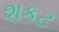
શકટ